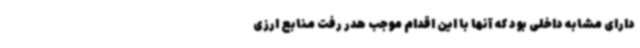
دارای مشابه داخلی بود که آنها با این اقدام موجب هدر رفت منابع ارزی